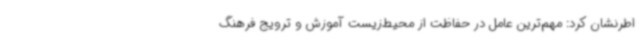
اطرنشان کرد: مهم‌ترین عامل در حفاظت از محیط‌زیست آموزش و ترویج فرهنگ